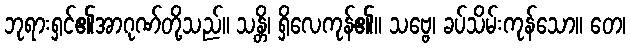
ဘုရားရှင်၏အာဂုဏ်တို့သည်။ သန္တိ၊ ရှိလေကုန်၏။ သဗ္ဗေ၊ ခပ်သိမ်းကုန်သော။ တေ၊